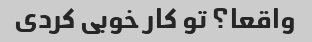
واقعا؟ تو کار خوبی کردی